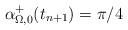
LaTeX: \begin{align*} \alpha^{+}_{\Omega,0} (t_{n+1})=\pi/4\quad\end{align*}